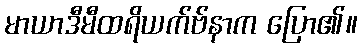
မာယာဒီမီထရိယက်ဗ်နာက ပြော၏။